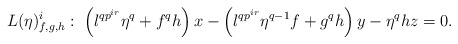
\begin{align*}L(\eta)^i_{f,g,h}:\; \left(\l^{qp^{ir}} \eta^q + f^q h \right)x - \left(\l^{qp^{ir}} \eta^{q-1} f + g^q h\right)y - \eta^q h z = 0.\end{align*}